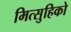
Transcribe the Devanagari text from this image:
मित्सुहिको